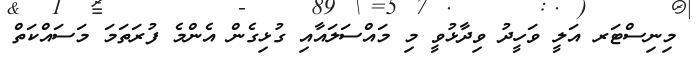
މިނިސްޓަރ އަލީ ވަހީދު ވިދާޅުވީ މި މައްސަލައާއި ގުޅިގެން އެންމެ ފުރަތަމަ މަސައްކަތް